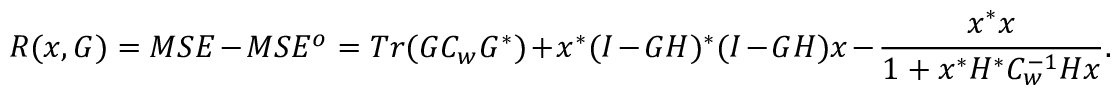
R ( x , G ) = M S E - M S E ^ { o } = T r ( G C _ { w } G ^ { * } ) + x ^ { * } ( I - G H ) ^ { * } ( I - G H ) x - { \frac { x ^ { * } x } { 1 + x ^ { * } H ^ { * } C _ { w } ^ { - 1 } H x } } .